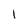
Character: I